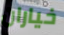
خياران